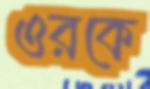
ওরকে